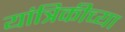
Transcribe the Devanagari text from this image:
यांत्रिकीच्या